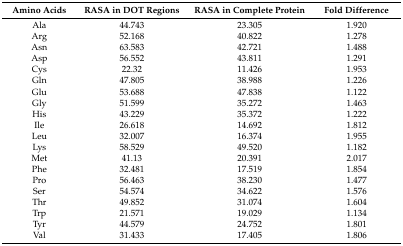
<table><thead><tr><td><b>Amino Acids</b></td><td><b>RASA in DOT Regions</b></td><td><b>RASA in Complete Protein</b></td><td><b>Fold Difference</b></td></tr></thead><tbody><tr><td>Ala</td><td>44.743</td><td>23.305</td><td>1.920</td></tr><tr><td>Arg</td><td>52.168</td><td>40.822</td><td>1.278</td></tr><tr><td>Asn</td><td>63.583</td><td>42.721</td><td>1.488</td></tr><tr><td>Asp</td><td>56.552</td><td>43.811</td><td>1.291</td></tr><tr><td>Cys</td><td>22.32</td><td>11.426</td><td>1.953</td></tr><tr><td>Gln</td><td>47.805</td><td>38.988</td><td>1.226</td></tr><tr><td>Glu</td><td>53.688</td><td>47.838</td><td>1.122</td></tr><tr><td>Gly</td><td>51.599</td><td>35.272</td><td>1.463</td></tr><tr><td>His</td><td>43.229</td><td>35.372</td><td>1.222</td></tr><tr><td>Ile</td><td>26.618</td><td>14.692</td><td>1.812</td></tr><tr><td>Leu</td><td>32.007</td><td>16.374</td><td>1.955</td></tr><tr><td>Lys</td><td>58.529</td><td>49.520</td><td>1.182</td></tr><tr><td>Met</td><td>41.13</td><td>20.391</td><td>2.017</td></tr><tr><td>Phe</td><td>32.481</td><td>17.519</td><td>1.854</td></tr><tr><td>Pro</td><td>56.463</td><td>38.230</td><td>1.477</td></tr><tr><td>Ser</td><td>54.574</td><td>34.622</td><td>1.576</td></tr><tr><td>Thr</td><td>49.852</td><td>31.074</td><td>1.604</td></tr><tr><td>Trp</td><td>21.571</td><td>19.029</td><td>1.134</td></tr><tr><td>Tyr</td><td>44.579</td><td>24.752</td><td>1.801</td></tr><tr><td>Val</td><td>31.433</td><td>17.405</td><td>1.806</td></tr></tbody></table>